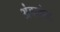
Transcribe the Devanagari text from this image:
अंबागेट